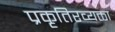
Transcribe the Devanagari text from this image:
प्रकृतिरव्यक्ता